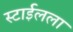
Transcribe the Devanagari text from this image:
स्टाईलला